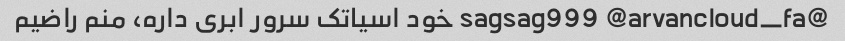
@sagsag999 @arvancloud_fa خود اسیاتک سرور ابری داره، منم راضیم